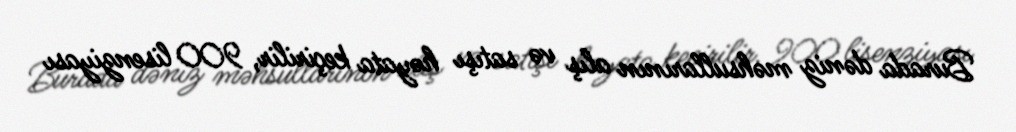
Burada dəniz məhsullarının alış və satışı həyata keçirilir, 900 lisenziyası